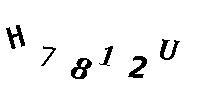
H7812U